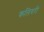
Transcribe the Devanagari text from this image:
कलियरी